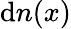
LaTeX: \mathrm{d}n(x)